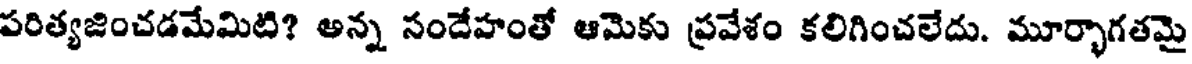
పరిత్యజించడమేమిటి? అన్న సందేహంతో ఆమెకు ప్రవేశం కలిగించలేదు. మూర్భాగతమై